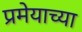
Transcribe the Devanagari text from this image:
प्रमेयाच्या